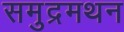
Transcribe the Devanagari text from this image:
समुद्रमथन